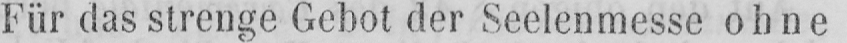
Für das strenge Gebot der Seelenmesse ohne